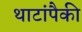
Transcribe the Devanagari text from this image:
थाटांपैकी